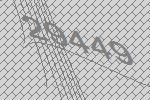
29449